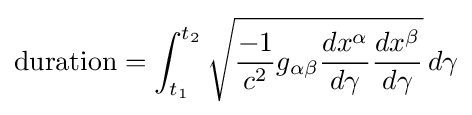
{\text{duration}}=\int _{t_{1}}^{t_{2}}{\sqrt {{\frac {-1}{c^{2}}}g_{\alpha \beta }{\frac {dx^{\alpha }}{d\gamma }}{\frac {dx^{\beta }}{d\gamma }}}}\,d\gamma